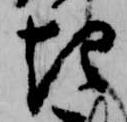
起